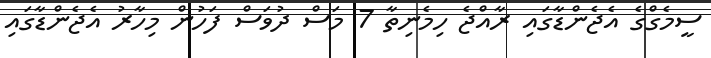
ސީމެގްގެ އެޖެންޑާގައި ރާއްޖެ ހިމެނިތާ 7 މަސް ދުވަސް ފަހުން މިހާރު އެޖެންޑާގައި